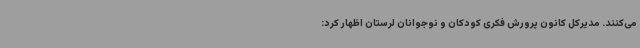
می‌کنند. مدیرکل کانون پرورش فکری کودکان و نوجوانان لرستان اظهار کرد: